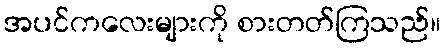
အပင်ကလေးများကို စားတတ်ကြသည်။